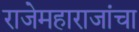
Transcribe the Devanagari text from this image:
राजेमहाराजांचा